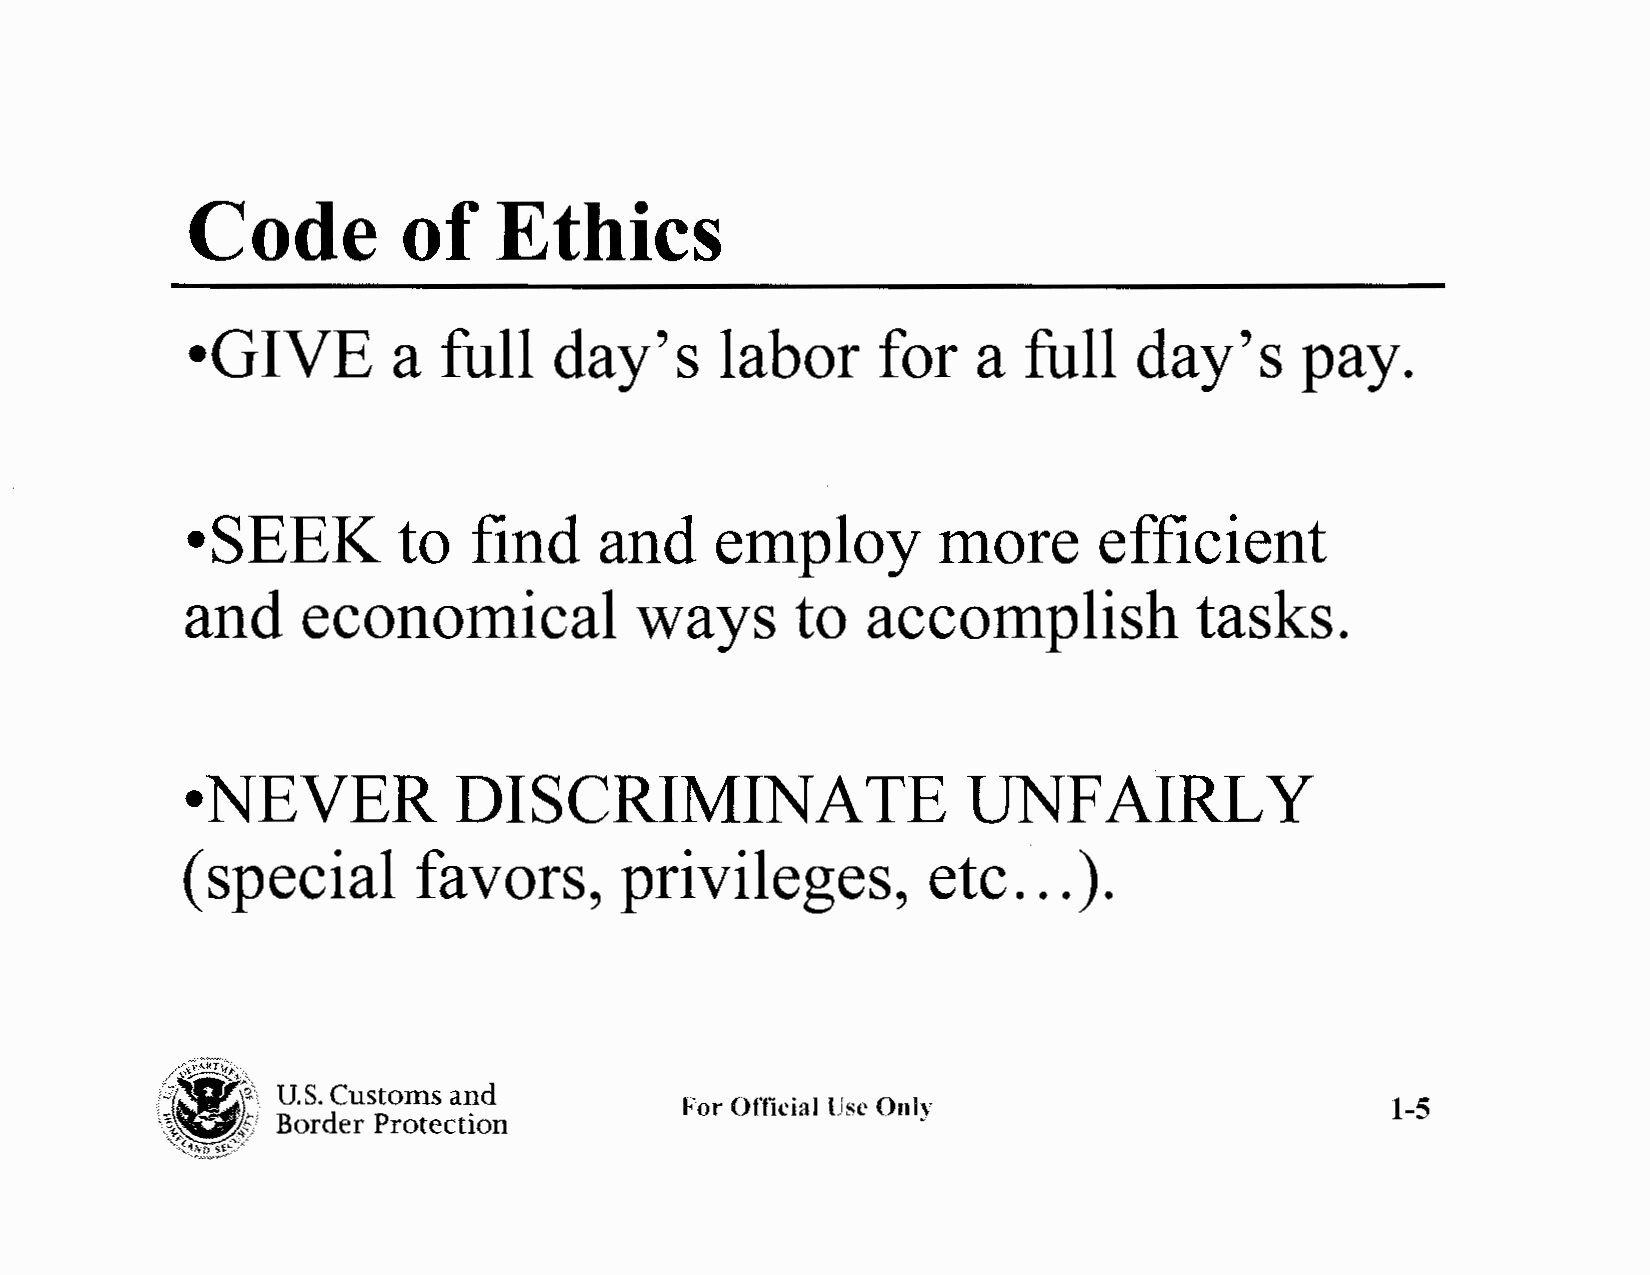
Code           of    Ethics
 •GIVE         a  full    day's      labor     for    a  full   day's      pay.
 •SEEK         to   find     and    employ         more       efficient
 and     economical            ways       to  accomplish            tasks.
 •NEVER            DISCRIMINATE                      UNFAIRLY
 ( special       favors,      privileges,         etc   ... ) .
 /-~@t~,
 r.1  ~i\ U.S. Customs and
 \\~r                               For Official lJsc Only                         1-5
 Border Protection
 "3/~:~~wP-~c/~